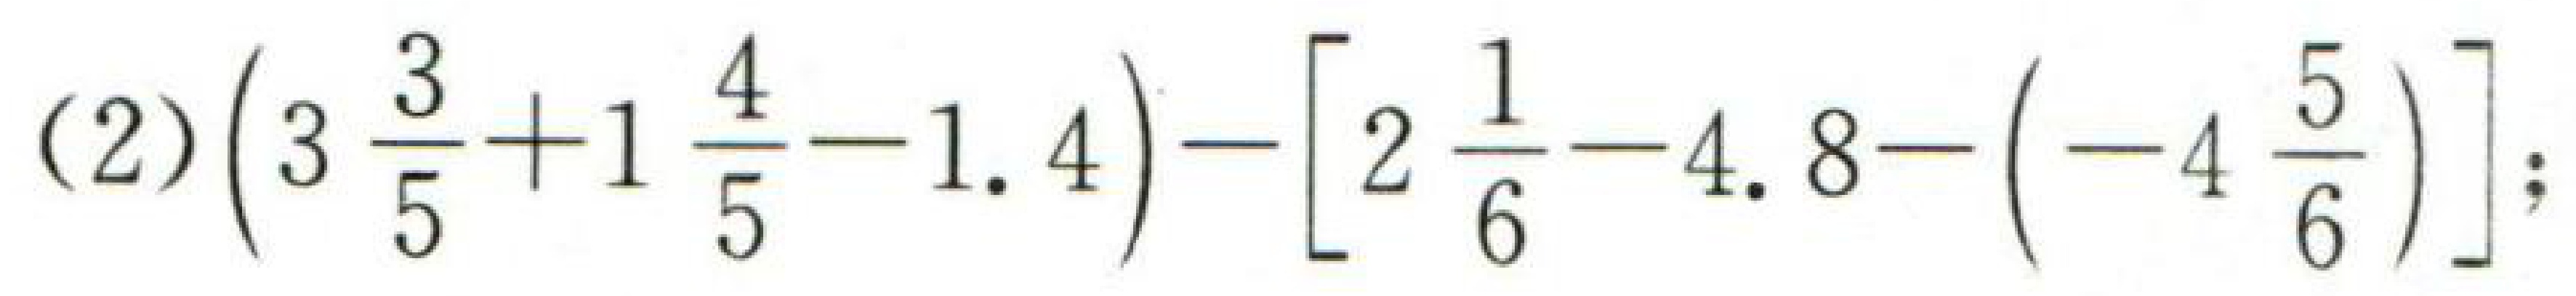
\((2)\left(3\frac{3}{5}+1\frac{4}{5}-1.4\right)-\left[2\frac{1}{6}-4.8-\left(-4\frac{5}{6}\right)\right];\)